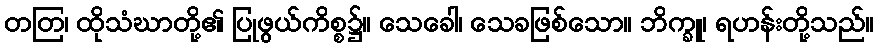
တတြ၊ ထိုသံဃာတို့၏ ပြုဖွယ်ကိစ္စ၌။ သေခေါ၊ သေခဖြစ်သော။ ဘိက္ခူ၊ ရဟန်းတို့သည်။